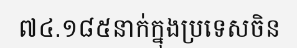
៧៤.១៨៥នាក់ក្នុងប្រទេសចិន